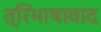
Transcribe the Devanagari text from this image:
त्रिभाषावाद